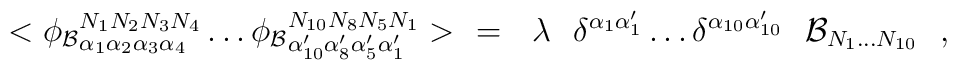
<\phi_{\mathcal{B}}{}_{\alpha_1\alpha_2\alpha_3\alpha_4}^{ N_1 N_2 N_3 N_4} \ldots \phi_{\mathcal{B}}{}_{\alpha'_{10}\alpha'_8\alpha'_5\alpha'_1}^{ N_{10} N_8 N_5 N_1}>\ \ = \ \ \lambda \ \ \delta^{\alpha_1\alpha'_1}\ldots \delta^{\alpha_{10}\alpha'_{10} } \ \ {\mathcal {B}}_{N_1\ldots N_{10}} ~~,